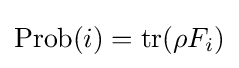
{\text{Prob}}(i)=\operatorname {tr} (\rho F_{i})